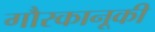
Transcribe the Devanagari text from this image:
गौरकानूकी